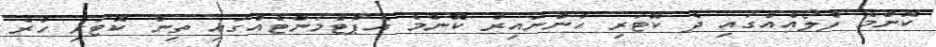
ކޮންމެ ފްލޯއެއްގައި ދެ ކޮޓަރި ހުންނައިރު ކޮންމެ އެޕާޓްމަންޓެއްގައި ތިން ކޮޓަރި ހުރެ